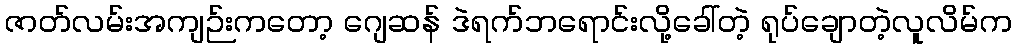
ဇာတ်လမ်းအကျဉ်းကတော့ ဂျေဆန် ဒဲရက်ဘရောင်းလို့ခေါ်တဲ့ ရုပ်ချောတဲ့လူလိမ်က